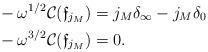
LaTeX: \begin{align*} &- \omega^{1/2} \mathcal C( \mathfrak f_{j_M})=j_M \delta_\infty-j_M \delta_0 \\ & - \omega^{3/2} \mathcal C( \mathfrak f_{j_M})=0.\end{align*}